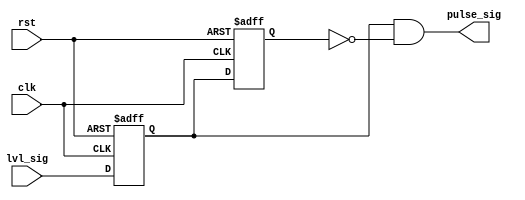
module pulse_gen(clk,rst,lvl_sig,pulse_sig);

input  clk;
input  rst;
input  lvl_sig;
output pulse_sig;

reg              rcv_flop  , 
                 pls_flop  ;
					 
					 
always @(posedge clk or negedge rst)
 begin
  if(!rst)      // active low
   begin
    rcv_flop <= 1'b0 ;
    pls_flop <= 1'b0 ;	
   end
  else
   begin
    rcv_flop <= lvl_sig;   
    pls_flop <= rcv_flop;
   end  
 end
 
//----------------- pulse generator --------------------

assign pulse_sig = rcv_flop && !pls_flop ;

endmodule